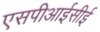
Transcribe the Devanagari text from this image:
एसपीआईसीई